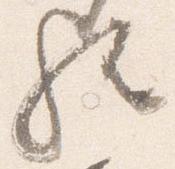
歟